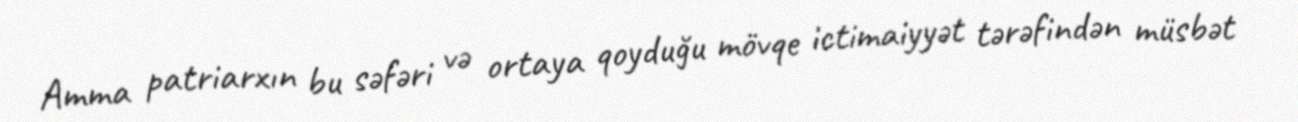
Amma patriarxın bu səfəri və ortaya qoyduğu mövqe ictimaiyyət tərəfindən müsbət